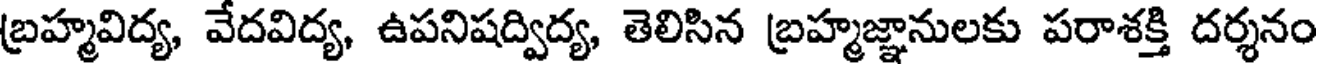
బ్రహ్మవిద్య, వేదవిద్య, ఉపనిషద్విద్య, తెలిసిన బ్రహ్మజ్ఞానులకు పరాశక్తి దర్శనం